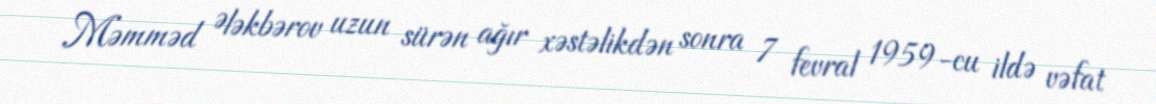
Məmməd Ələkbərov uzun sürən ağır xəstəlikdən sonra 7 fevral 1959-cu ildə vəfat